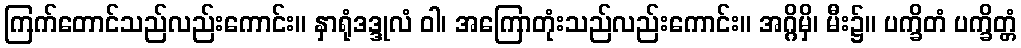
ကြက်တောင်သည်လည်းကောင်း။ နှာရုံဒဒ္ဒုလံ ဝါ၊ အကြောတုံးသည်လည်းကောင်း။ အဂ္ဂိမှိ၊ မီး၌။ ပက္ခိတံ ပက္ခိတ္တံ